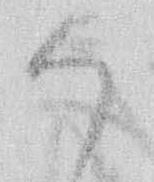
御